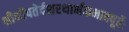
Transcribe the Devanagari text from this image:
श्रीश्रीपतेर्दशरथार्भकभावपूर्तेः